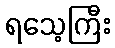
ရသေ့ကြီး